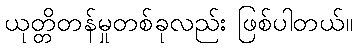
ယုတ္တိတန်မှုတစ်ခုလည်း ဖြစ်ပါတယ်။